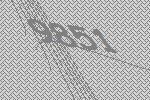
9851